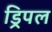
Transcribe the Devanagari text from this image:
ड्रिपल